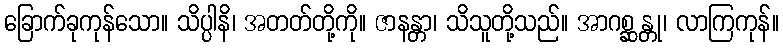
ခြောက်ခုကုန်သော။ သိပ္ပါနိ၊ အတတ်တို့ကို။ ဇာနန္တာ၊ သိသူတို့သည်။ အာဂစ္ဆန္တု၊ လာကြကုန်။